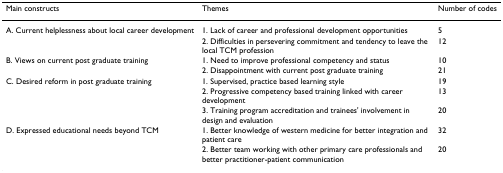
| Main constructs | Themes | Number of codes |
 | --- | --- | --- |
 | A. Current helplessness about local career development | 1. Lack of career and professional development opportunities | 5 |
 |  | 2. Difficulties in persevering commitment and tendency to leave the local TCM profession | 12 |
 | B. Views on current post graduate training | 1. Need to improve professional competency and status | 10 |
 |  | 2. Disappointment with current post graduate training | 21 |
 | C. Desired reform in post graduate training | 1. Supervised, practice based learning style | 19 |
 |  | 2. Progressive competency based training linked with career development | 13 |
 |  | 3. Training program accreditation and trainees' involvement in design and evaluation | 20 |
 | D. Expressed educational needs beyond TCM | 1. Better knowledge of western medicine for better integration and patient care | 32 |
 |  | 2. Better team working with other primary care professionals and better practitioner-patient communication | 20 |